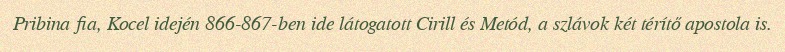
Pribina fia, Kocel idején 866-867-ben ide látogatott Cirill és Metód, a szlávok két térítő apostola is.